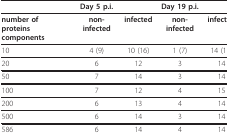
<table><thead><tr><td></td><td><b>Day 5 p.i.</b></td><td></td><td><b>Day 19 p.i.</b></td><td></td></tr></thead><tbody><tr><td><b>number of proteins</b><b>components</b></td><td><b>non-infected</b></td><td><b>infected</b></td><td><b>non-infected</b></td><td><b>infected</b></td></tr><tr><td>10</td><td>4 (9)</td><td>10 (16)</td><td>1 (7)</td><td>14 (15)</td></tr><tr><td>20</td><td>6</td><td>12</td><td>3</td><td>14</td></tr><tr><td>50</td><td>7</td><td>14</td><td>3</td><td>14</td></tr><tr><td>100</td><td>7</td><td>12</td><td>4</td><td>15</td></tr><tr><td>200</td><td>6</td><td>13</td><td>4</td><td>14</td></tr><tr><td>500</td><td>6</td><td>14</td><td>3</td><td>14</td></tr><tr><td>586</td><td>6</td><td>14</td><td>4</td><td>14</td></tr></tbody></table>